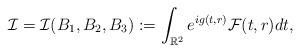
LaTeX: \begin{align*}\mathcal{I} = \mathcal{I}(B_1, B_2, B_3) := \int_{\Bbb{R}^2} e^{i g(t, r)} \mathcal{F}(t, r) dt,\end{align*}